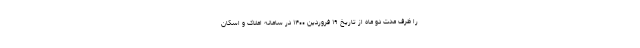
را ظرف مدت دو ماه از تاریخ ۱۹ فروردین ۱۴۰۰ در سامانه املاک و اسکان